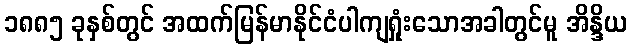
၁၈၈၅ ခုနှစ်တွင် အထက်မြန်မာနိုင်ငံပါကျရှုံးသောအခါတွင်မူ အိန္ဒိယ